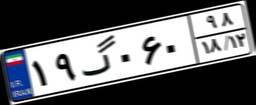
۹۸گ۲۴۵۰۹